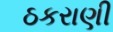
ઠકરાણી